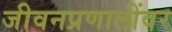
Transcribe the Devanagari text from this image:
जीवनप्रणालींवर